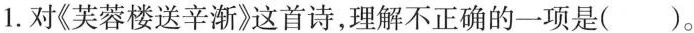
1.对《芙蓉楼送辛渐》这首诗，理解不正确的一项是( )。